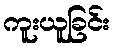
ကူးယူခြင်း